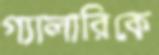
গ্যালারিকে